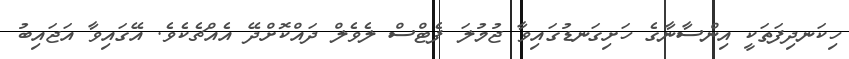
ހިކަނދިފަތަކީ އިންސާނާގެ ހަށިގަނޑުގައިވާ ޖުމުލަ ފެޓްސް ލެވެލް ދައްކޮށްދޭ އެއްޗެކެވެ. އޭގައިވާ އަޖައިބު